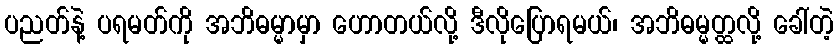
ပညတ်နဲ့ ပရမတ်ကို အဘိဓမ္မာမှာ ဟောတယ်လို့ ဒီလိုပြောရမယ်၊ အဘိဓမ္မတ္ထလို့ ခေါ်တဲ့